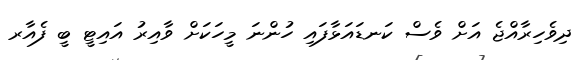
ދިވެހިރާއްޖެ އަށް ވެސް ކަނޑައަޅާފައި ހުންނަ މީހަކަށް ވާއިރު އައިޓީ ބީ ފެއާރ